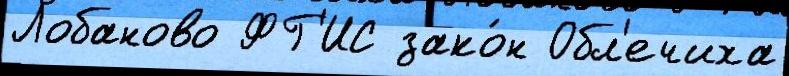
Лобаново ФГ'ИС зако́н Обл'ечиха